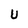
Character: U